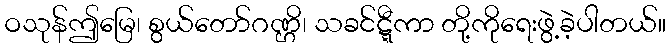
ဝသုန်ဤမြေ၊ စွယ်တော်ဂဏ္ဌိ၊ သခင်ဋ္ဋီကာ တို့ကိုရေးဖွဲ့ခဲ့ပါတယ်။